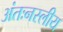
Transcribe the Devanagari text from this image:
अंतःनस्लीय